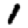
Digit: 1